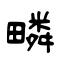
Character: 疄